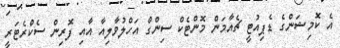
އެ ކޮމިޝަންގެ ޑެޕިއުޓީ ޗެއާމަން މޮންޓެކް ސިންގް އަހްލުވާލިއާ އާއި ފޮރިން ސެކްރެޓަރީ